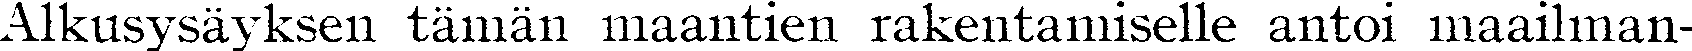
Alkusysäyksen tämän maantien rakentamiselle antoi maailman-